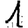
Digit: 1